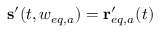
\mathbf { s } ^ { \prime } ( t , w _ { e q , a } ) = \mathbf { r } _ { e q , a } ^ { \prime } ( t )